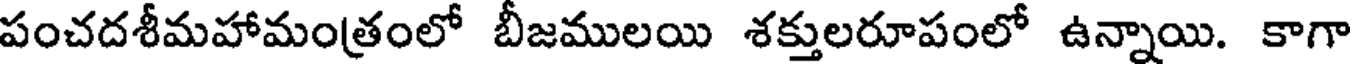
పంచదశీమహామంత్రంలో బీజములయి శక్తులరూపంలో ఉన్నాయి. కాగా